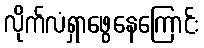
လိုက်လံရှာဖွေနေကြောင်း